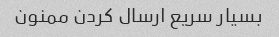
بسیار سریع ارسال کردن ممنون